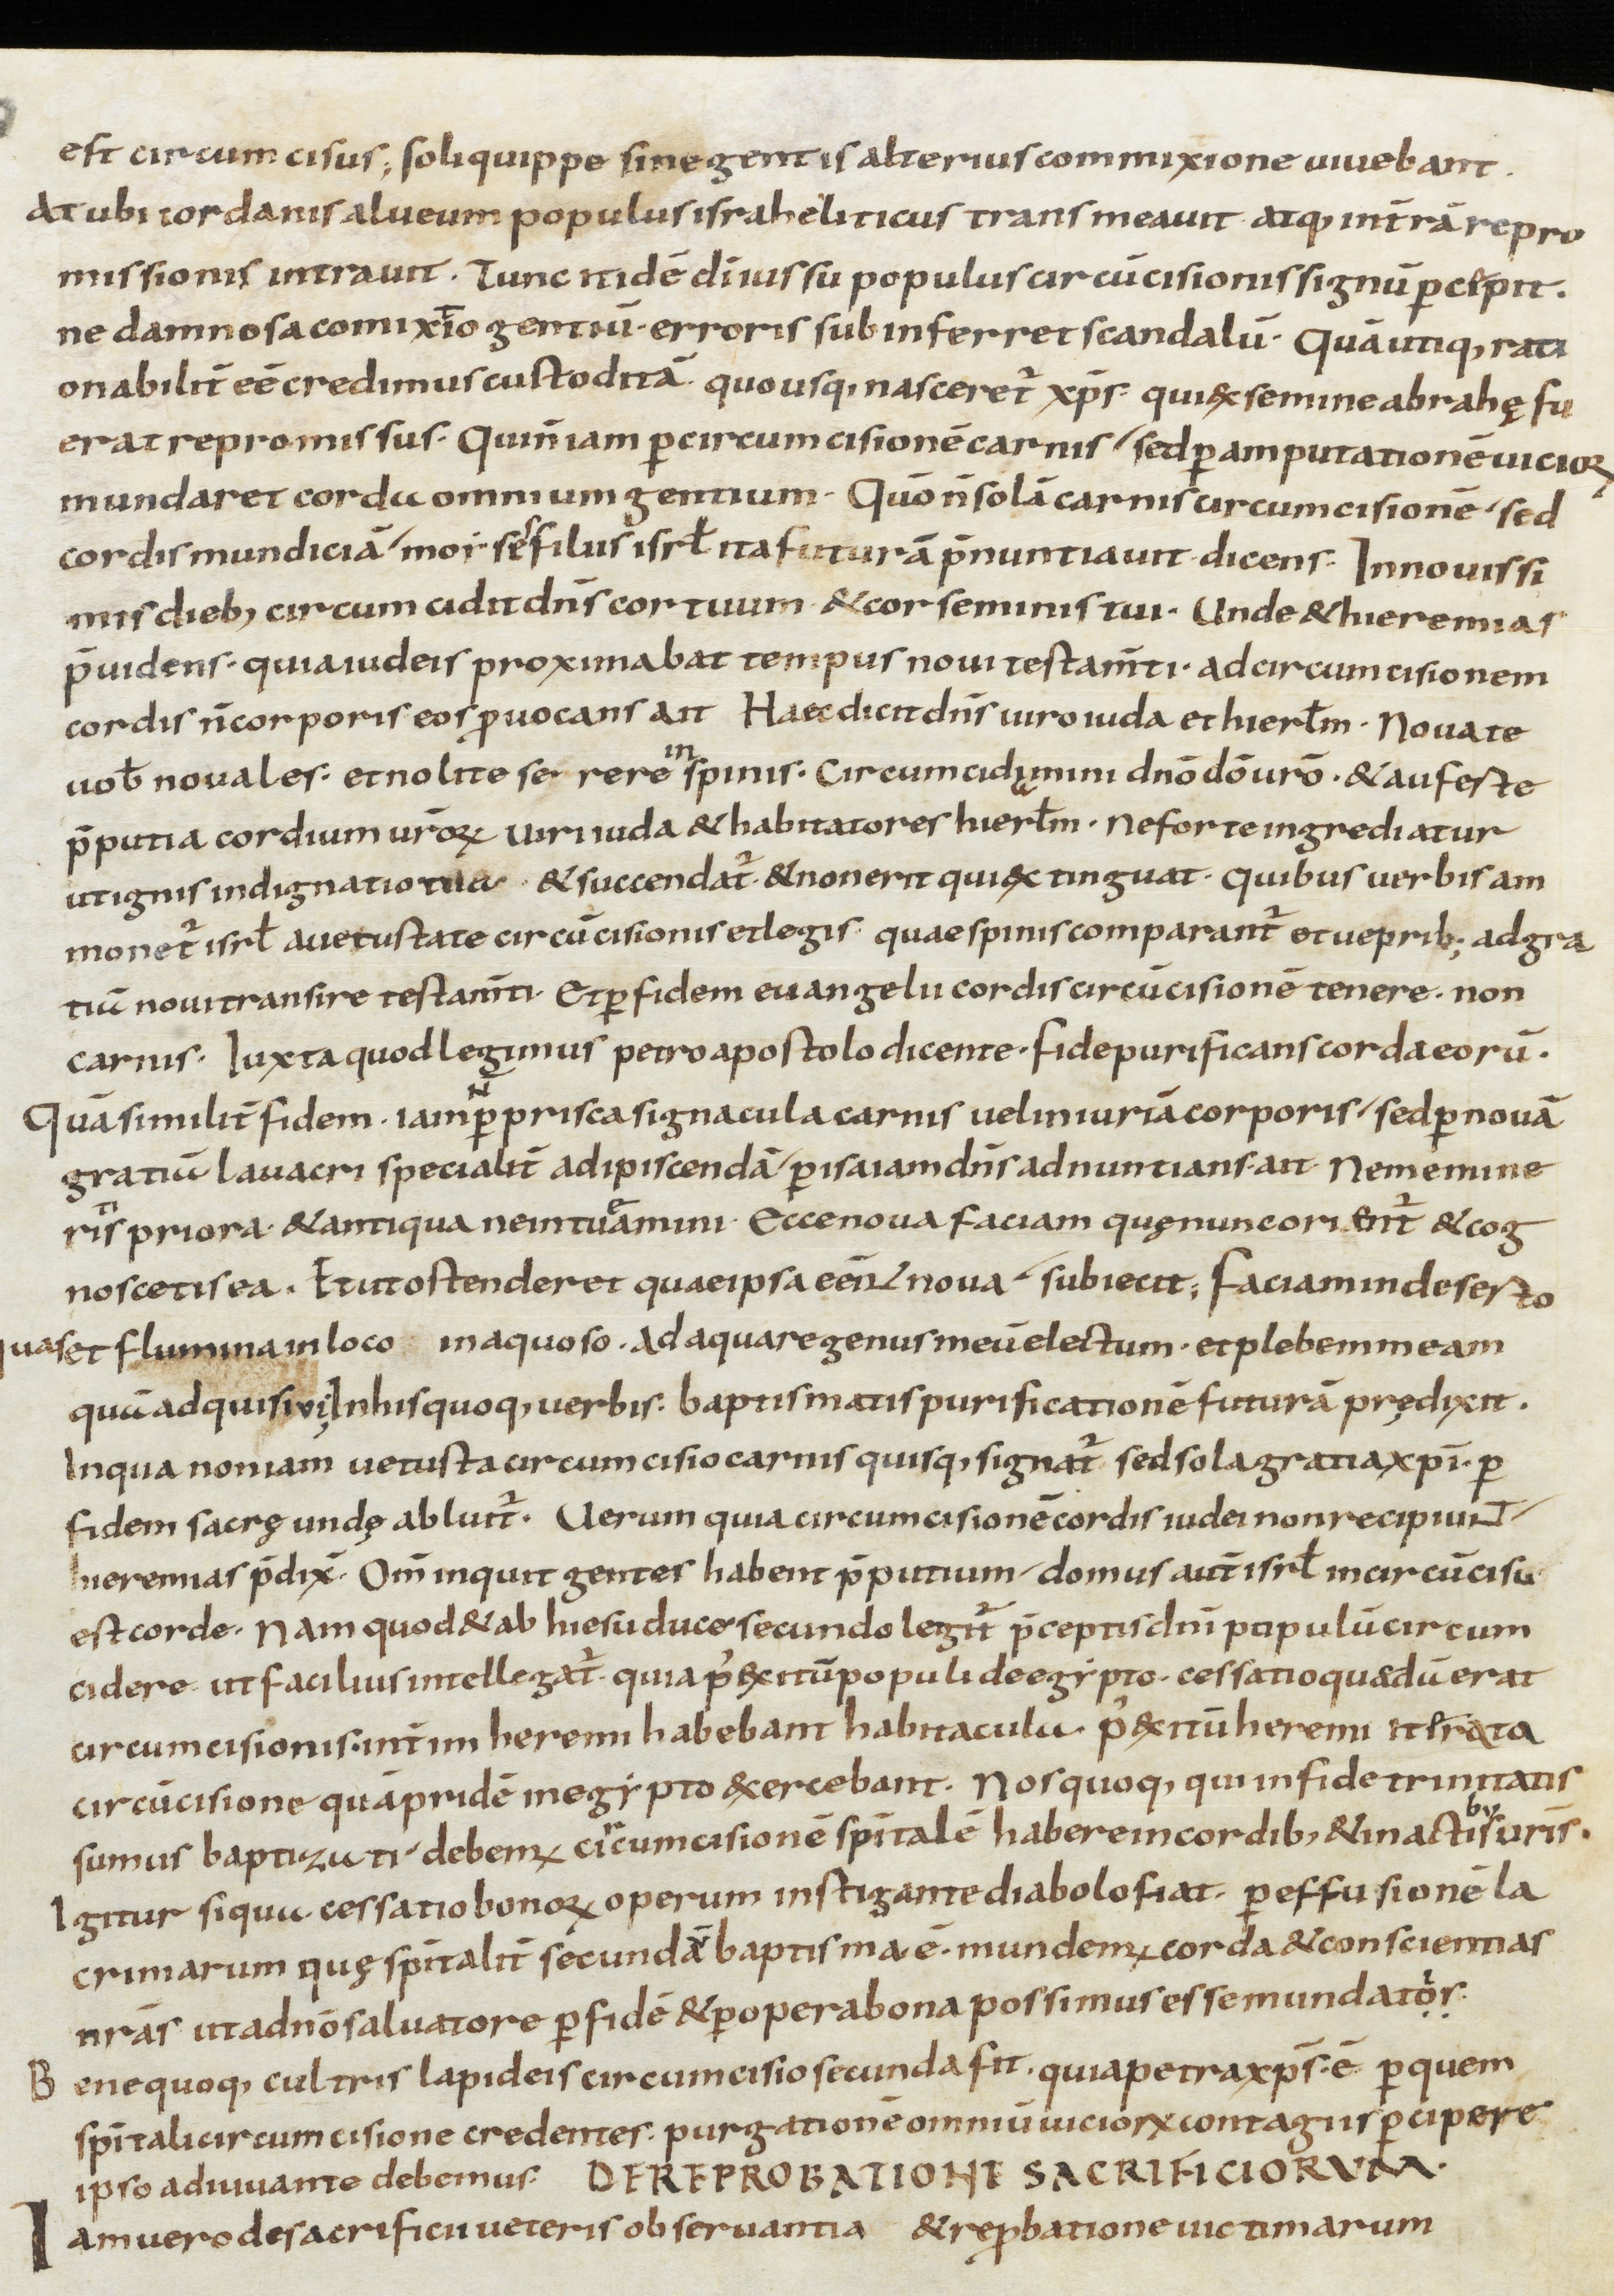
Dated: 800–999